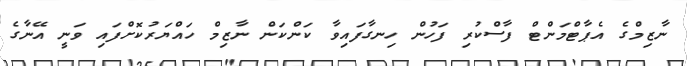
ނާޒިމްގެ އެޕާޓްމަންޓް ފާސްކުރި ފަހުން ހިނގާފައިވާ ކަންކަން ނާޒިމް ހައްޔަރުކޮށްފައި ވަނީ އޭނާގެ